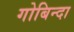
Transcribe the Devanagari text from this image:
गोबिन्दा